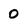
Character: 0